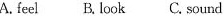
A. feel B. Look C. Sound